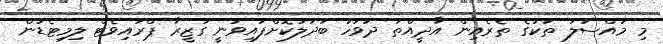
މި މައްސަލަ ތަކުގެ ތެރެއިން އާދީއްތަ ދުވަހު ބަދަލުކޮށްފައިވަނީ ގަޒީރާ ޕްރައިވެޓް ލިމިޓެޑުން